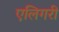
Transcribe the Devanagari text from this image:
एलिगरी